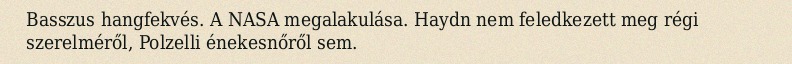
Basszus hangfekvés. A NASA megalakulása. Haydn nem feledkezett meg régi szerelméről, Polzelli énekesnőről sem.